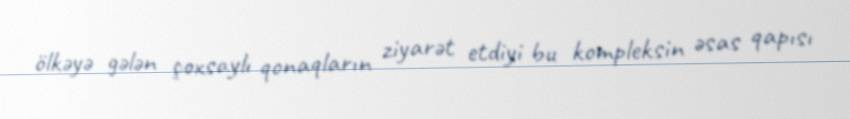
ölkəyə gələn çoxsaylı qonaqların ziyarət etdiyi bu kompleksin əsas qapısı